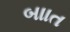
બાાત